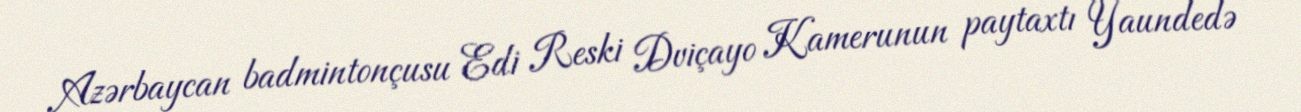
Azərbaycan badmintonçusu Edi Reski Dviçayo Kamerunun paytaxtı Yaundedə